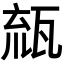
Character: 𤭕